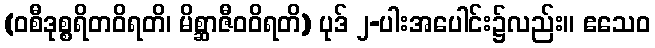
(ဝစီဒုစ္စရိတဝိရတိ၊ မိစ္ဆာဇီဝဝိရတိ) ပုဒ် ၂-ပါးအပေါင်း၌လည်း။ ဧသေဝ